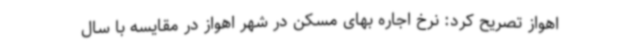
اهواز تصریح کرد: نرخ اجاره بهای مسکن در شهر اهواز در مقایسه با سال